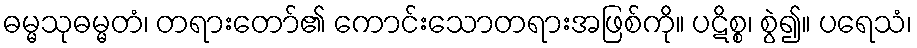
ဓမ္မသုဓမ္မတံ၊ တရားတော်၏ ကောင်းသောတရားအဖြစ်ကို။ ပဋိစ္စ၊ စွဲ၍။ ပရေသံ၊